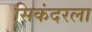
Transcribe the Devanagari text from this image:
सिकंदरला